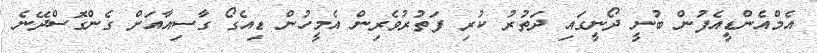
އެމްއެންޑީއެފުން ބުނީ ދޯނީގައި ދަތުރު ކުރި ފަތުރުވެރިން އެމީހުން ޑިއެގޯ ގާސިއާއަށް ގެންގޮސްދޭނެ